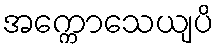
အက္ကောသေယျပိ